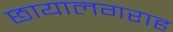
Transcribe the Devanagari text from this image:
छायालगराह